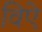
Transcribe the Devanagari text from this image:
विऐ